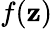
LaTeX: f(\mathbf{z})